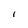
Character: I